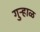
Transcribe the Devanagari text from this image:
गुऱ्हाळ